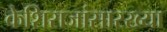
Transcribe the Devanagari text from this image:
केशिराजांसारख्या